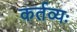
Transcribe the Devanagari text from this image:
कर्तव्यः